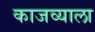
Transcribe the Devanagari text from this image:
काजव्याला